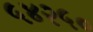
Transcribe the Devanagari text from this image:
५४२५०